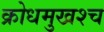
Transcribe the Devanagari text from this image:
क्रोधमुखश्च